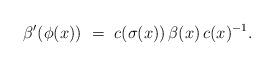
LaTeX: \begin{align*} \beta' ( \phi (x))\ =\ c (\sigma(x)) \, \beta (x)\, c ( x)^{-1}. \end{align*}